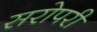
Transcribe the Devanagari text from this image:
सरोपरी